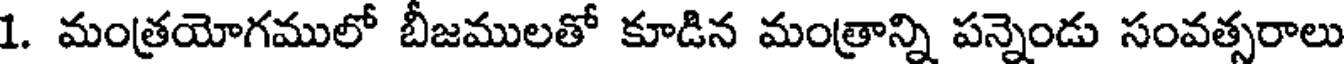
1. మంత్రయోగములో బీజములతో కూడిన మంత్రాన్ని పన్నెండు సంవత్సరాలు